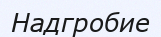
Надгробие